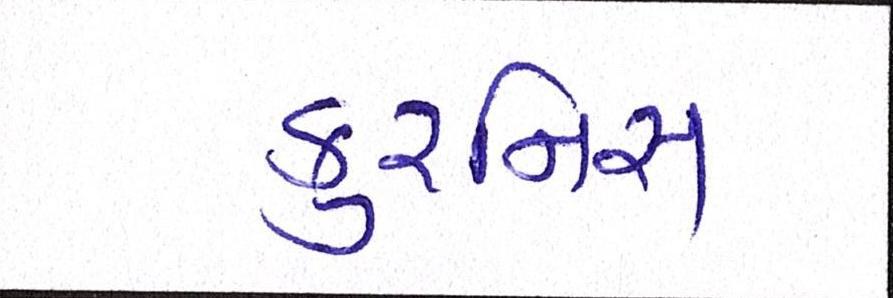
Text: કુરનિસ